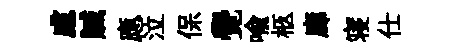
慮贓應泣保覺喻柩廊寝仕